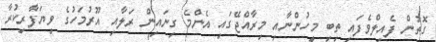
ގޮތުން ފެއިލްވެފައި ތިބި މީހުންނާއި މިރާއްޖޭގައި އެންމެ ގިނައިން ރަލާއި އޫރުމަހުގެ ވިޔަފާރިކުރާ